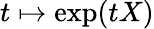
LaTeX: t\mapsto\exp(tX)